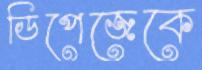
ডিপেজেকে